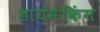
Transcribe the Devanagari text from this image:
डायमेकिंग